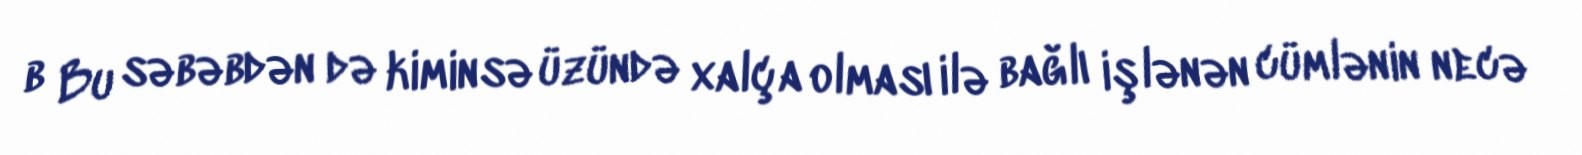
b Bu səbəbdən də kiminsə üzündə xalça olması ilə bağlı işlənən cümlənin necə